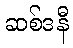
ဆစ်ဒနီ